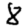
Digit: 8